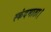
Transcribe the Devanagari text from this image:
स्कंदमाता।